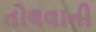
તોલવાની